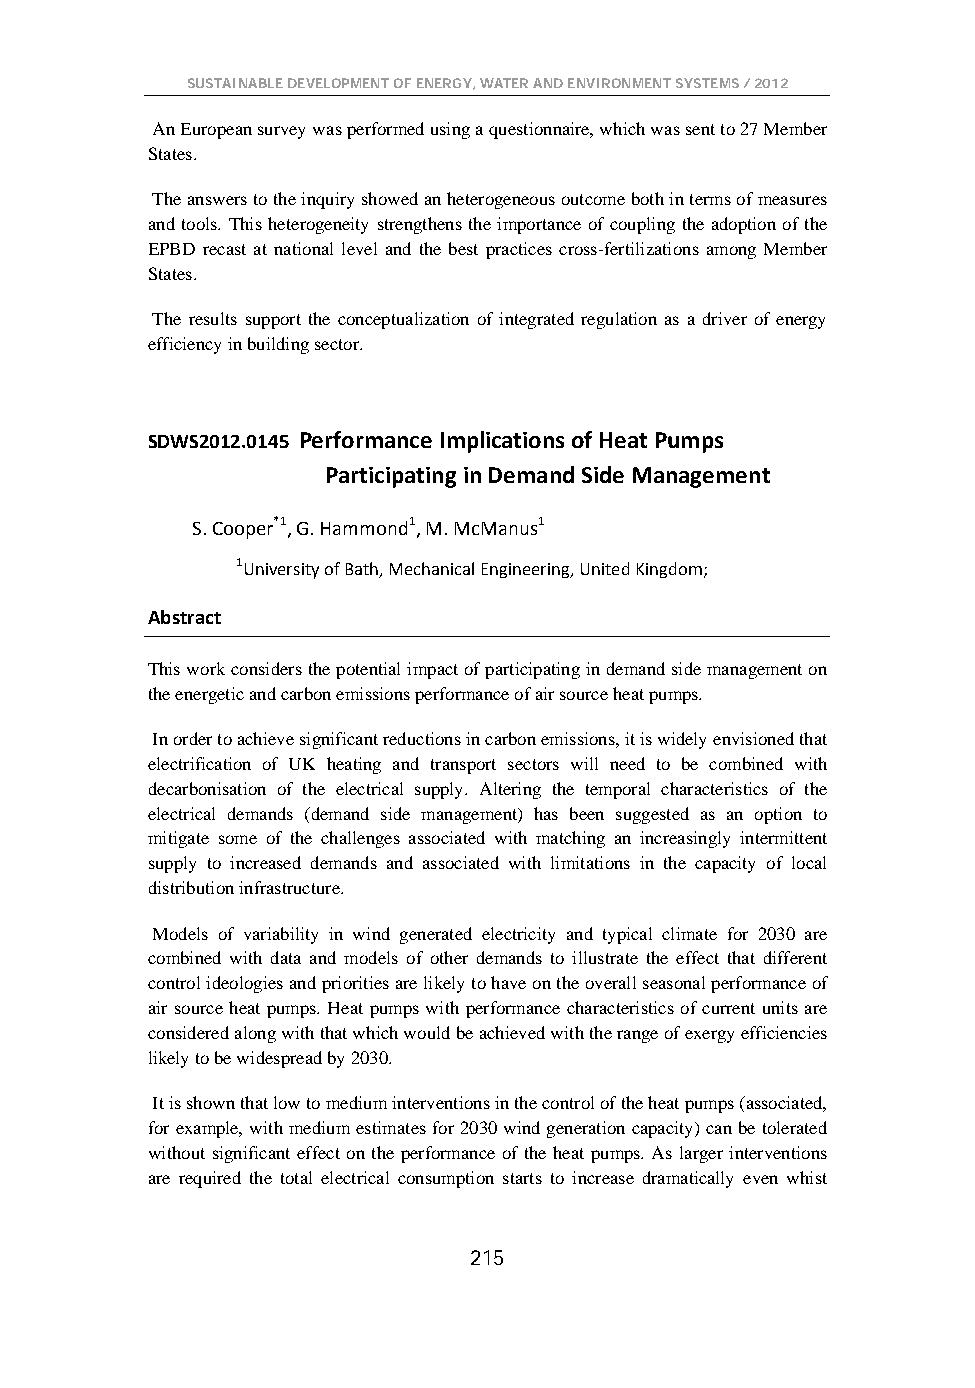
SUSTAINABLE DEVELOPMENT OF ENERGY, WATER AND ENVIRONMENT SYSTEMS / 2012
 An European survey was performed using a questionnaire, which was sent to 27 Member
 States.
 The answers to the inquiry showed an heterogeneous outcome both in terms of measures
 and tools. This heterogeneity strengthens the importance of coupling the adoption of the
 EPBD recast at national level and the best practices cross-fertilizations among Member
 States.
 The results support the conceptualization of integrated regulation as a driver of energy
 efficiency in building sector.
 SDWS2012.0145 Performance Implications of Heat Pumps
 Participating in Demand Side Management
 S. Cooper*1, G. Hammond1, M. McManus1
 1University of Bath, Mechanical Engineering, United Kingdom;
 Abstract
 This work considers the potential impact of participating in demand side management on
 the energetic and carbon emissions performance of air source heat pumps.
 In order to achieve significant reductions in carbon emissions, it is widely envisioned that
 electrification of UK heating and transport sectors will need to be combined with
 decarbonisation of the electrical supply. Altering the temporal characteristics of the
 electrical demands (demand side management) has been suggested as an option to
 mitigate some of the challenges associated with matching an increasingly intermittent
 supply to increased demands and associated with limitations in the capacity of local
 distribution infrastructure.
 Models of variability in wind generated electricity and typical climate for 2030 are
 combined with data and models of other demands to illustrate the effect that different
 control ideologies and priorities are likely to have on the overall seasonal performance of
 air source heat pumps. Heat pumps with performance characteristics of current units are
 considered along with that which would be achieved with the range of exergy efficiencies
 likely to be widespread by 2030.
 It is shown that low to medium interventions in the control of the heat pumps (associated,
 for example, with medium estimates for 2030 wind generation capacity) can be tolerated
 without significant effect on the performance of the heat pumps. As larger interventions
 are required the total electrical consumption starts to increase dramatically even whist
 215